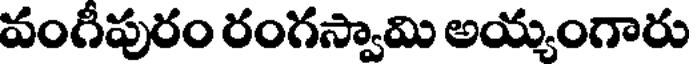
వంగీపురం రంగస్వామి అయ్యంగారు